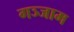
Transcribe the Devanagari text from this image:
गञ्जाम